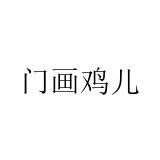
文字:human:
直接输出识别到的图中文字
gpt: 门画鸡儿